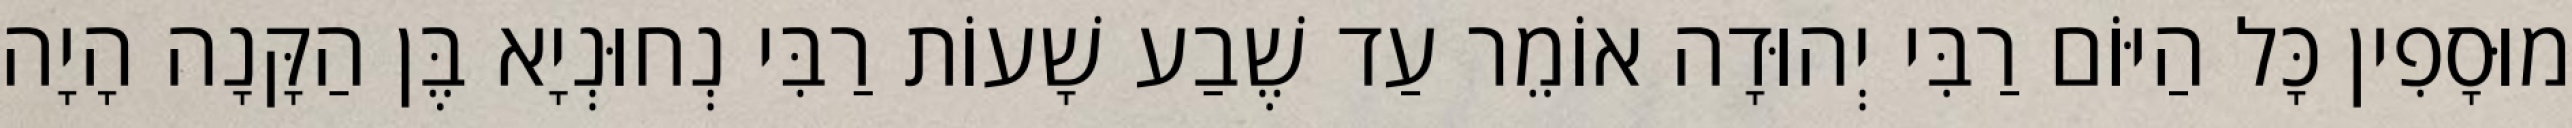
מוּסָפִין כָּל הַיּוֹם רַבִּי יְהוּדָה אוֹמֵר עַד שֶׁבַע שָׁעוֹת רַבִּי נְחוּנְיָא בֶּן הַקָּנָה הָיָה